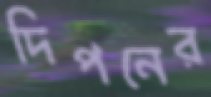
দিপনের